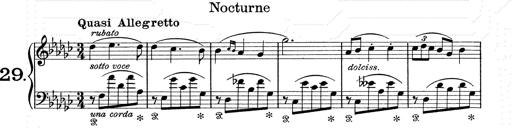
Title: 6 Polish Songs
Composer: Franz Liszt